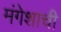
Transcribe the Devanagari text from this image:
मंगेशाची